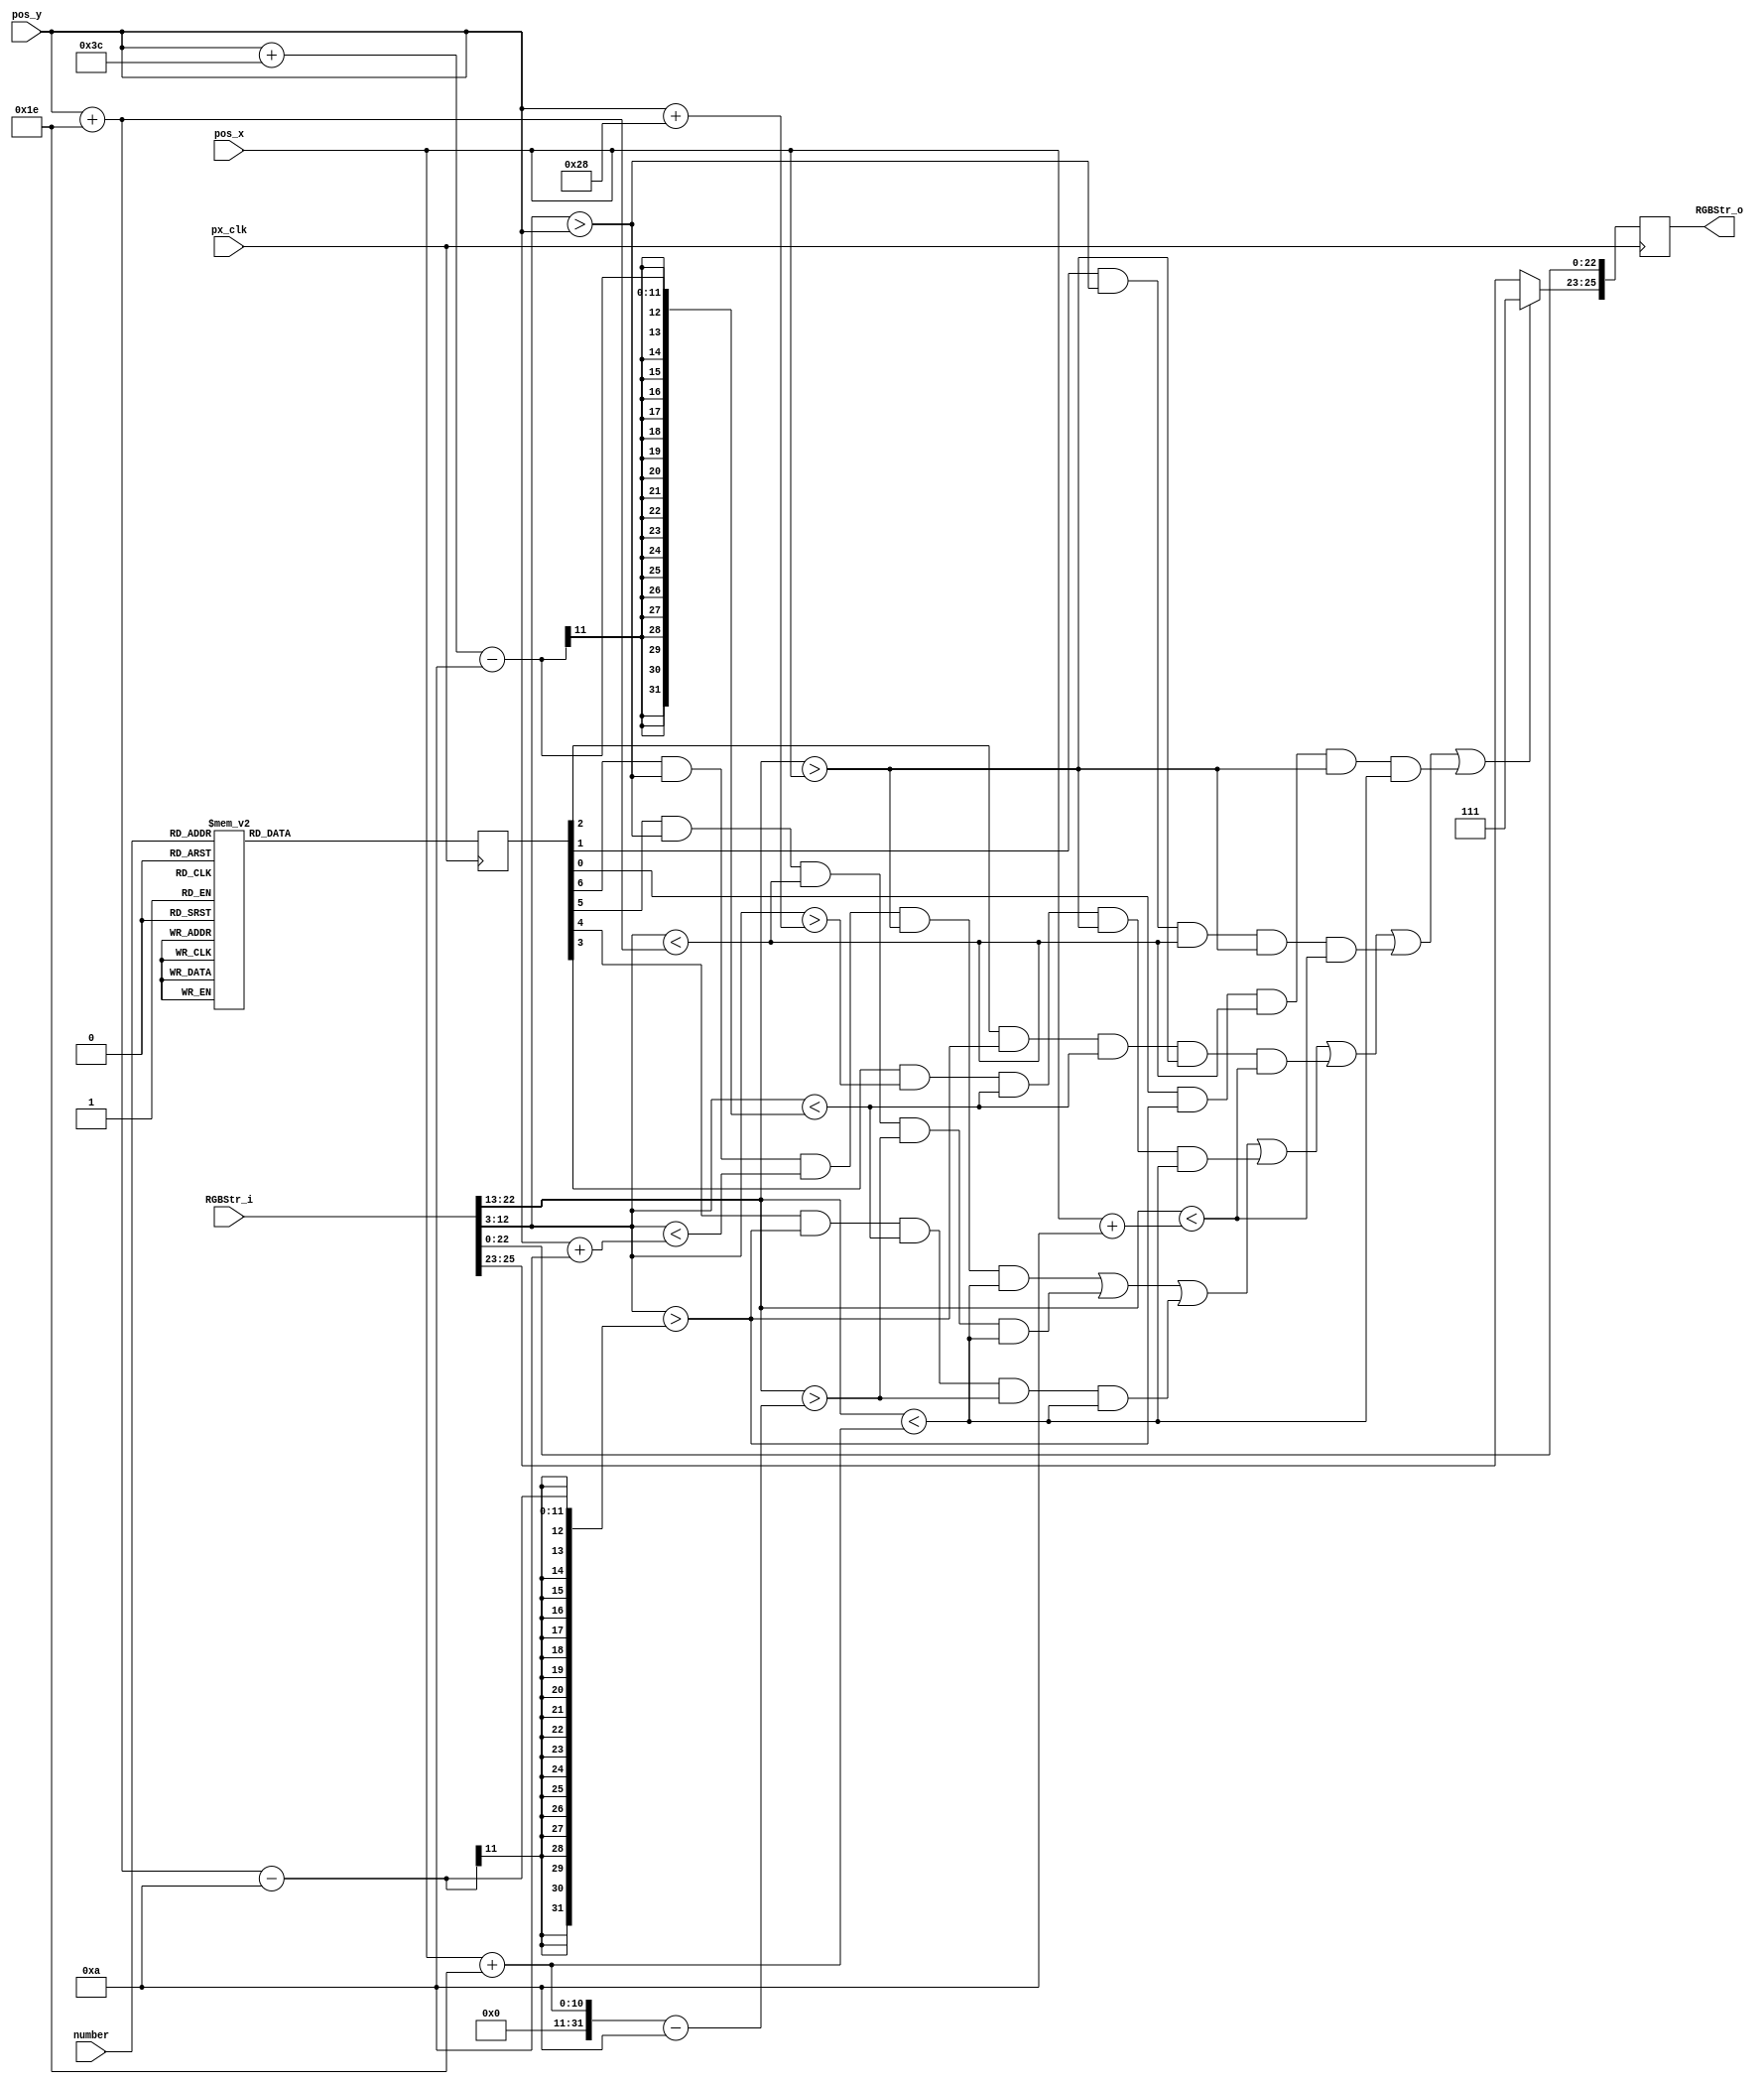
//////////////////////////////////////////////////////////////////////////////////
// Company: Ridotech
// 
// Module Name: PxsDigit
// Description: Draw a simple digit in a stream RGB.
//
// Dependencies: 
//
// Revision: 
// Revision 0.01 - File Created
//
// Additional Comments:
//
//
//////////////////////////////////////////////////////////////////////////////////
module PxsDigit #(
        parameter color = 3'b111)
        (
        input wire        px_clk,      // Pixel clock.
        input wire [25:0] RGBStr_i,    // Input RGB stream.
        input wire [9:0]  pos_x,       // X number position.
        input wire [9:0]  pos_y,       // Y number position.
        input wire [3:0]  number,      // Number to stream.
        output reg [25:0] RGBStr_o     // Output RGB stream.
        );

// Address alias. 
`define Active 0:0
`define VS 1:1
`define HS 2:2
`define YC 12:3
`define XC 22:13
`define R 23:23
`define G 24:24
`define B 25:25
`define RGB 25:23
`define VGA 22:0

// Number color and dimension.
parameter wseg = 30;             // Width of a horizontal segment.
parameter hseg = 10;             // Height of a horizontal segment.

reg [6:0] segments;

// Task 2: Get the segments.
always @(posedge px_clk)
begin
    case (number)
        4'd0: segments <= 7'b1111110;    // Zero
        4'd1: segments <= 7'b0110000;    // One
        4'd2: segments <= 7'b1101101;    // Two
        4'd3: segments <= 7'b1111001;    // Three
        4'd4: segments <= 7'b0110011;    // Four
        4'd5: segments <= 7'b1011011;    // Five
        4'd6: segments <= 7'b1011111;    // Six
        4'd7: segments <= 7'b1110000;    // Seven
        4'd8: segments <= 7'b1111111;    // Eight
        4'd9: segments <= 7'b1110011;    // Nine
        4'hA: segments <= 7'b1110111;    // A
        4'hB: segments <= 7'b0011111;    // B
        4'hC: segments <= 7'b1001110;    // C
        4'hD: segments <= 7'b0111101;    // D
        4'hE: segments <= 7'b1001111;    // E
        4'hF: segments <= 7'b1000111;    // F
//      default: segments = 7'b0000000;  // Off
    endcase
end

// Task 3: Draw the number.
always @(posedge px_clk)
begin
    // Clone VGA stream in a RGB stream.
    RGBStr_o[`VGA] <= RGBStr_i[`VGA];

    // Draw the number.
    RGBStr_o[`RGB] <= (
               // Draw segment "a".
               (segments[6]) &&
               (RGBStr_i[`YC] > pos_y) && (RGBStr_i[`YC] < pos_y + hseg) &&
               (RGBStr_i[`XC] > pos_x) && (RGBStr_i[`XC] < pos_x + wseg)
               ) || (
               // Draw segment "b".
               (segments[5]) &&
               (RGBStr_i[`YC] > pos_y) && (RGBStr_i[`YC] < pos_y+wseg) &&
               (RGBStr_i[`XC] > pos_x+wseg-hseg) && (RGBStr_i[`XC] < pos_x+wseg)
               ) || (
               // Draw segment "c".
               (segments[4]) &&
               (RGBStr_i[`YC] > pos_y+wseg-hseg) && (RGBStr_i[`YC] < pos_y+2*wseg-hseg) &&
               (RGBStr_i[`XC] > pos_x+wseg-hseg) && (RGBStr_i[`XC] < pos_x+wseg)
               ) || (
               // Draw segment "d".
               (segments[3]) &&
               (RGBStr_i[`YC] > pos_y+2*(wseg-hseg)) && (RGBStr_i[`YC] < pos_y+2*wseg-hseg) &&
               (RGBStr_i[`XC] > pos_x) && (RGBStr_i[`XC] < pos_x+wseg)
               ) || (
               // Draw segment "e".
               (segments[2]) &&
               (RGBStr_i[`YC] > pos_y+wseg-hseg) && (RGBStr_i[`YC] < pos_y+2*wseg-hseg) &&
               (RGBStr_i[`XC] > pos_x) && (RGBStr_i[`XC] < pos_x+hseg)
               ) || (
               // Draw segment "f".
               (segments[1]) &&
               (RGBStr_i[`YC] > pos_y) && (RGBStr_i[`YC] < pos_y+wseg) &&
               (RGBStr_i[`XC] > pos_x) && (RGBStr_i[`XC] < pos_x+hseg)
               ) || (
               // Draw segment "g".
               (segments[0]) &&
               (RGBStr_i[`YC] > pos_y+wseg-hseg) && (RGBStr_i[`YC] < pos_y+wseg) &&
               (RGBStr_i[`XC] > pos_x) && (RGBStr_i[`XC] < pos_x+wseg)
               ) ? color : RGBStr_i[`RGB];
end

endmodule